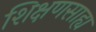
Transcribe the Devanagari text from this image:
शिक्षणसाह्य